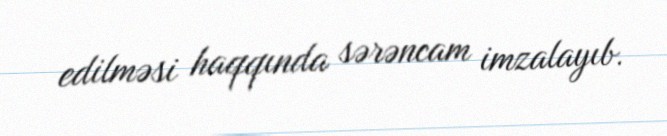
edilməsi haqqında sərəncam imzalayıb.